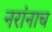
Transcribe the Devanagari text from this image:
नरांनाच